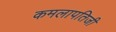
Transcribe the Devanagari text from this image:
कमलापतिजी